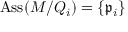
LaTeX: \operatorname { A s s } ( M / Q _ { i } ) = \{ { \mathfrak { p } } _ { i } \}